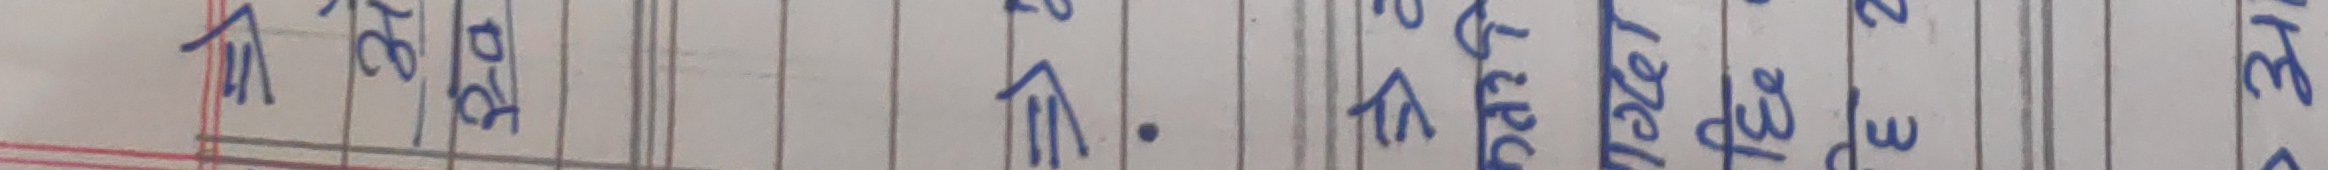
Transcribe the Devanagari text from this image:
पाठ २० पाठ ११ पाठ १२ पाठ १३